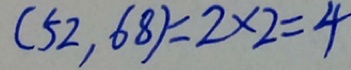
( 5 2 , 6 8 ) = 2 \times 2 = 4